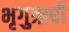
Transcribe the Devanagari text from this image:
भृगुऋषी